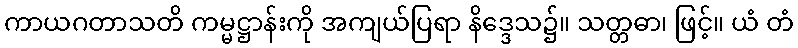
ကာယဂတာသတိ ကမ္မဋ္ဌာန်းကို အကျယ်ပြရာ နိဒ္ဒေသ၌။ သတ္တဓာ၊ ဖြင့်။ ယံ တံ